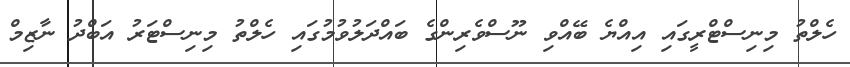
ހެލްތު މިނިސްޓްރީގައި އިއްޔެ ބޭއްވި ނޫސްވެރިންގެ ބައްދަލުވުމުގައި ހެލްތު މިނިސްޓަރު އަބްދު ނާޒިމް